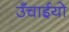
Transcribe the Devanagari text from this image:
उँचाईयो